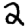
Digit: 2